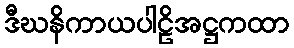
ဒီဃနိကာယပါဠိအဋ္ဌကထာ